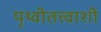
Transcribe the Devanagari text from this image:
पृथ्वीतत्त्वाशी